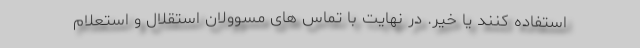
استفاده کنند یا خیر. در نهایت با تماس های مسوولان استقلال و استعلام